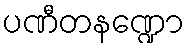
ပဏီတနဏ္ဍော